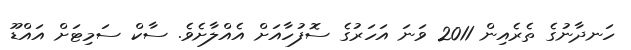
ހަނދާނުގެ ތެރެއިން 2011 ވަނަ އަހަރުގެ ސޮފުހާއަށް އެއްލާށެވެ. ސާކް ސަމިޓަށް އައްޑޫ